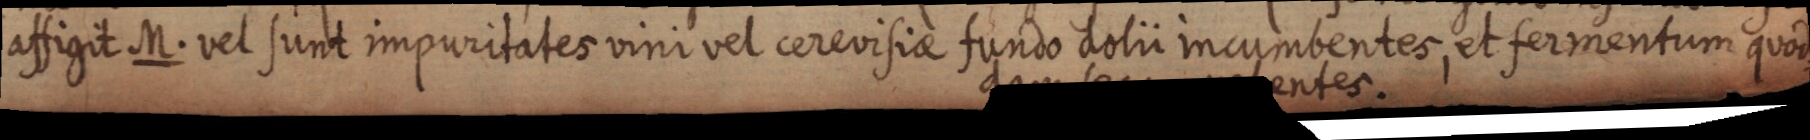
assigit M. vel sunt impuritates vini vel cerevisiae fundo dolii incumbentes, et fermentum quod